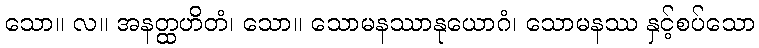
သော။ လ။ အနတ္ထဟိတံ၊ သော။ သောမနဿာနုယောဂံ၊ သောမနဿ နှင့်စပ်သော